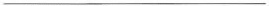
___